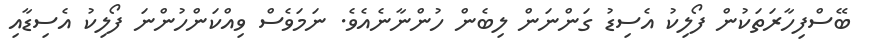
ބޭސްފިހާރަތަކުން ފޯލިކު އެސިޑު ގަންނަން ލިބެން ހުންނާނެއެވެ. ނަމަވެސް ވިއްކަންހުންނަ ފޯލިކު އެސިޑާއި